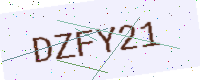
Text: DZFY21